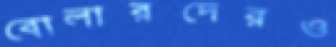
বোলারদেরও